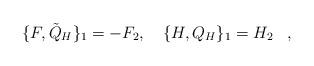
LaTeX: \begin{align*}\{F,{\tilde Q}_H\}_1=-F_2,\quad \{H,Q_H\}_1=H_2\,\,\,\,\,,\end{align*}